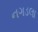
નગડલા